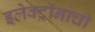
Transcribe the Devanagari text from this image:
इलेक्ट्रॉनांची